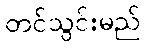
တင်သွင်းမည်